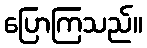
ပြောကြသည်။